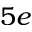
5 e